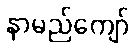
နာမည်ကျော်